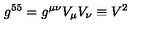
g ^ { 5 5 } = g ^ { \mu \nu } V _ { \mu } V _ { \nu } \equiv V ^ { 2 }